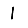
Digit: 1